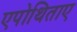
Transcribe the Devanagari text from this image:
एपोथिताए